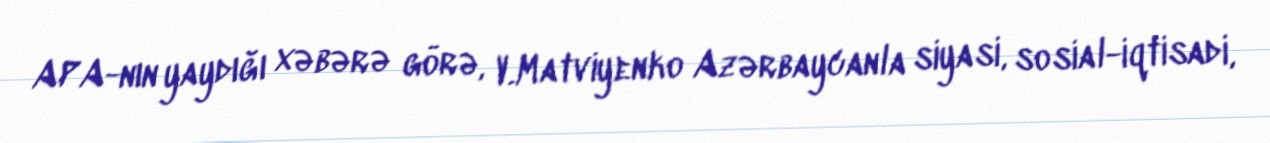
APA-nın yaydığı xəbərə görə, V.Matviyenko Azərbaycanla siyasi, sosial-iqtisadi,